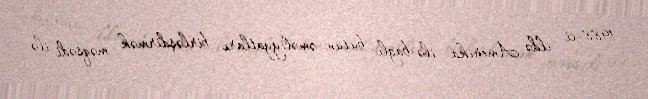
1988-ci ildə Amerika ilə bağlı bütün əməliyyatları birləşdirmək məqsədi ilə